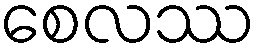
စေလဿ